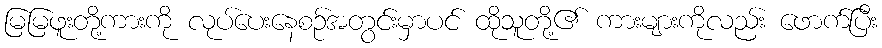
မြမြဖူးတို့ကားကို လုပ်ပေးနေစဉ်အတွင်းမှာပင် ထိုသူတို့၏ ကားများကိုလည်း ဖောက်ပြီး